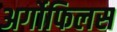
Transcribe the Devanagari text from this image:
अर्गोफिलस